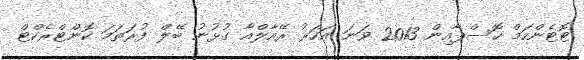
ޓޮޓެންހަމް ހޮސްޕާއިން 2013 ވަނަ އަހަރު ރޭއާލްއާ ގުޅުނު ބޭލް ފުރަތަމަ ކޮންޓްރެކްޓް